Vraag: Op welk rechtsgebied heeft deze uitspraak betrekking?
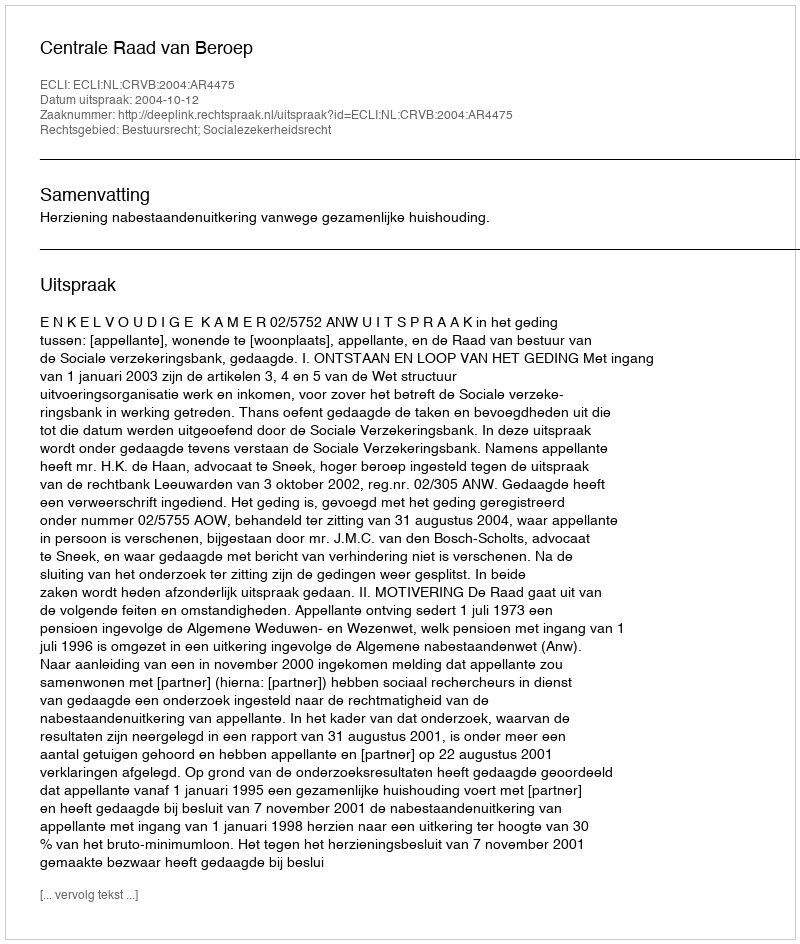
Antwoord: Bestuursrecht; Socialezekerheidsrecht